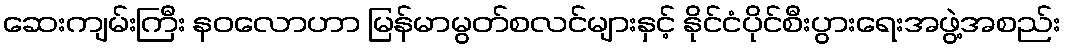
ဆေးကျမ်းကြီး နဝလောဟာ မြန်မာမွတ်စလင်များနှင့် နိုင်ငံပိုင်စီးပွားရေးအဖွဲ့အစည်း